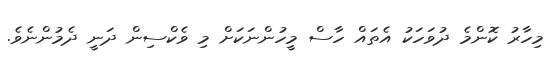
މިހާރު ކޮންމެ ދުވަހަކު އެތައް ހާސް މީހުންނަކަށް މި ވެކްސިން ދަނީ ދެމުންނެވެ.